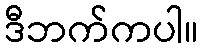
ဒီဘက်ကပါ။